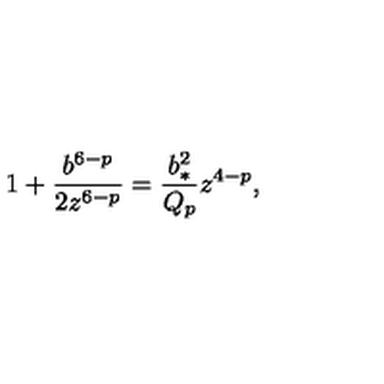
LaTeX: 1 + { \frac { b ^ { 6 - p } } { 2 z ^ { 6 - p } } } = { \frac { b _ { * } ^ { 2 } } { Q _ { p } } } z ^ { 4 - p } ,